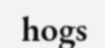
hogs